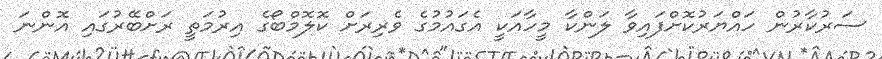
ސަރުކާރުން ހައްޔަރުކޮށްފައިވާ ލަންކާ މީހާއަކީ އެގައުމުގެ ވެރިރަށް ކޮލޮމްބޯގެ އިރުމަތީ ރަށްބޭރުގައި އޮންނަ